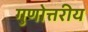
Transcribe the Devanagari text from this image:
गुणोत्तरीय